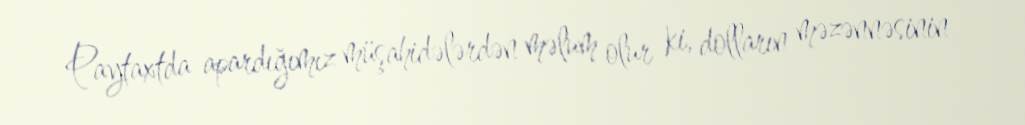
Paytaxtda apardığımız müşahidələrdən məlum olur ki, dolların məzənnəsinin